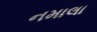
નમાલા